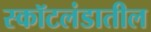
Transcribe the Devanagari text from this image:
स्कॉटलंडातील